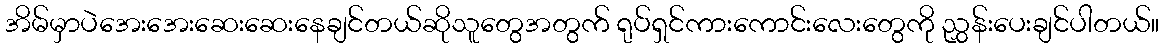
အိမ်မှာပဲအေးအေးဆေးဆေးနေချင်တယ်ဆိုသူတွေအတွက် ရုပ်ရှင်ကားကောင်းလေးတွေကို ညွှန်းပေးချင်ပါတယ်။